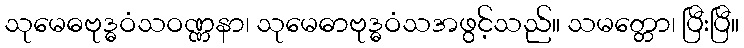
သုမေဓဗုဒ္ဓဝံသဝဏ္ဏနာ၊ သုမေဓာဗုဒ္ဓဝံသအဖွင့်သည်။ သမတ္တော၊ ပြီးပြီ။